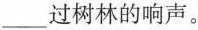
___过树林的响声。